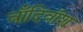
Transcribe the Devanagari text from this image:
वाँदिवॉश